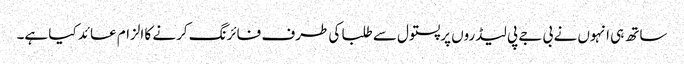
ساتھ ہی انہوں نے بی جے پی لیڈروں پرپستول سے طلبا کی طرف فائرنگ کرنے کا الزام عائد کیا ہے۔